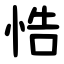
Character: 悎